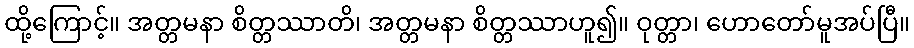
ထို့ကြောင့်။ အတ္တမနာ စိတ္တဿာတိ၊ အတ္တမနာ စိတ္တဿာဟူ၍။ ဝုတ္တာ၊ ဟောတော်မူအပ်ပြီ။